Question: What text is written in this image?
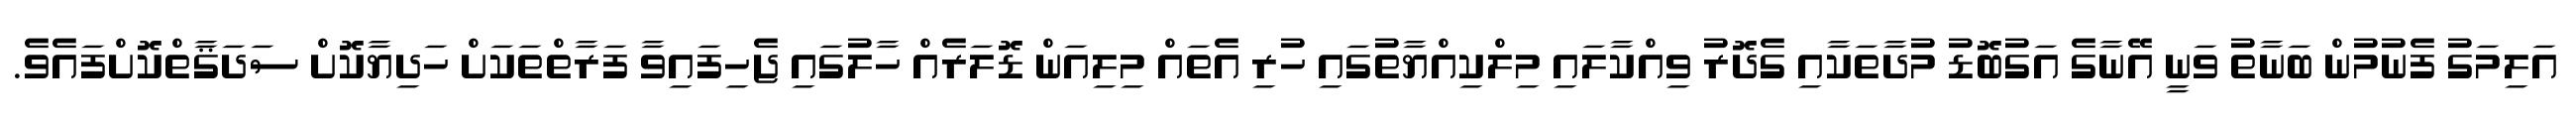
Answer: އަލިމަގު ފެނުމުން ބަނާތު ވަނީ އޭނާގެ އަގުބޮޑު މުދާތަކާއި ގެދޮރު ވިއްކާލައި މިލްކިއްޔާތުގައި ހުރި އެތައް މިލިއަން ޑޮލަރެއް ހާލުގައި ޖެހިފައިވާ ފަރާތްތަކަށް ހަދިޔާކޮށް ސަދަޤާތްކޮށްފައެވެ.